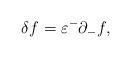
LaTeX: \begin{align*}\delta f=\varepsilon^-\partial_-f,\end{align*}